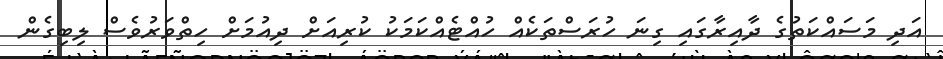
އަދި މަސައްކަތުގެ ދާއިރާގައި ގިނަ ހުރަސްތަކެއް ހުއްޓެއްކަމަކު ކުރިއަށް ދިއުމަށް ހިތްވަރުވެސް ލިބިގެން